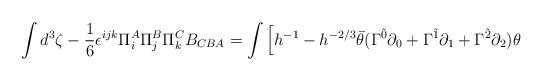
LaTeX: \begin{align*}\int d^3 \zeta - \frac{1}{6} \epsilon^{ijk} \Pi_i^A \Pi_j^B \Pi_k^C B_{CBA}= \int \Big[ h^{-1} - h^{-2/3} \bar{\theta}(\Gamma^{\tilde{0}} \partial_0 + \Gamma^{\tilde{1}} \partial_1 + \Gamma^{\tilde{2}} \partial_2 ) \theta\end{align*}